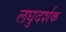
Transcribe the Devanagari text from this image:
लघुदर्शक